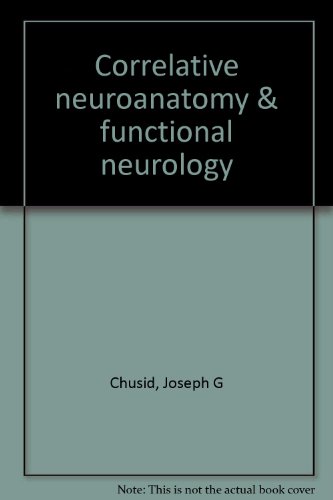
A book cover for Correlative Neuroanatomy & Functional Neurology; Joseph G. Chusid and Joseph J. McDonald; Medical Books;